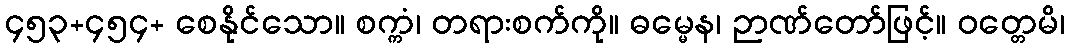
၄၅၃+၄၅၄+ စေနိုင်သော။ စက္ကံ၊ တရားစက်ကို။ ဓမ္မေန၊ ဉာဏ်တော်ဖြင့်။ ဝတ္တေမိ၊